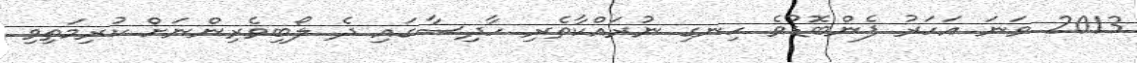
2013 ވަނަ އަހަރު ފެންބޮޑުވެ ހިނގި ނުރައްކާތެރި ހާދިސާގައި ދެ ލޯބިވެރިންނަށް ކުރިމަތިވި